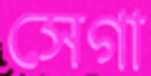
সেগা